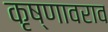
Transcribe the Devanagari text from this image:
कृष्णावराव